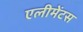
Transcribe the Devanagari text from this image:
एलीमेंटस